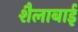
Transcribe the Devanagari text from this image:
शैलाबाई